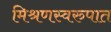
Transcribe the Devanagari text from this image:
मिश्रणस्वरुपात